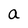
Character: a